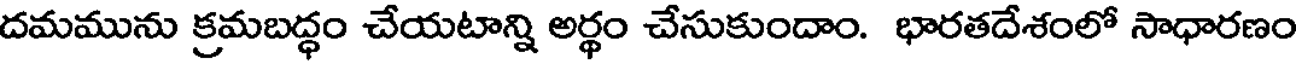
దమమును క్రమబద్ధం చేయటాన్ని అర్థం చేసుకుందాం. భారతదేశంలో సాధారణం